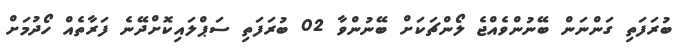
ބުރަފަތި ގަންނަން ބޭނުންވެއްޖެ ލޯންޗަކަށް ބޭނުންވާ 02 ބުރަފަތި ސަޕްލައިކޮށްދޭނެ ފަރާތެއް ހޯދުމަށް